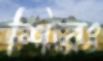
শিরঃ